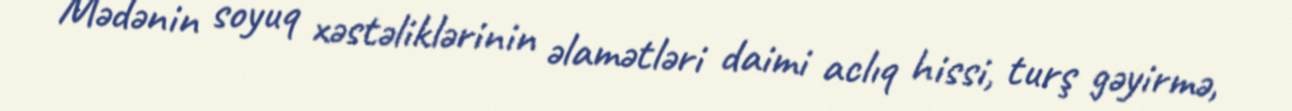
Mədənin soyuq xəstəliklərinin əlamətləri daimi aclıq hissi, turş gəyirmə,